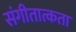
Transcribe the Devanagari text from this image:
संगीतात्कता